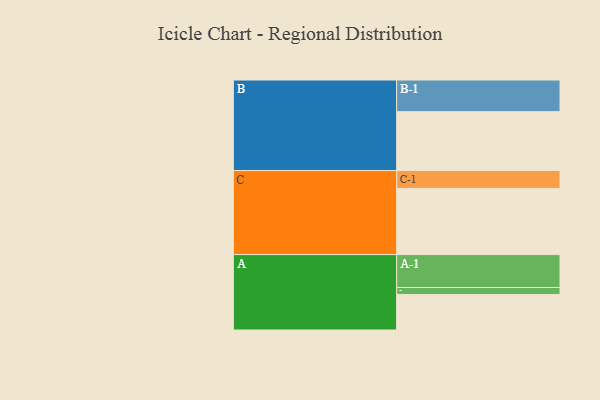
{"axis": {"x": "Segment", "y": "Value"}, "legend": ["", "A", "B", "C"], "data": [{"x": "A", "y": 322, "type": ""}, {"x": "B", "y": 533, "type": ""}, {"x": "C", "y": 599, "type": ""}, {"x": "A-1", "y": 298, "type": "A"}, {"x": "A-2", "y": 63, "type": "A"}, {"x": "B-1", "y": 287, "type": "B"}, {"x": "C-1", "y": 162, "type": "C"}]}